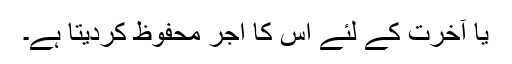
یا آخرت کے لئے اس کا اجر محفوظ کردیتا ہے۔